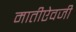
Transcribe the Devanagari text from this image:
मातीऐवजी